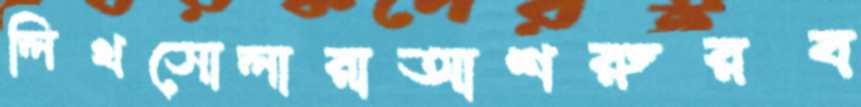
লিখসোলারাআশরুরব